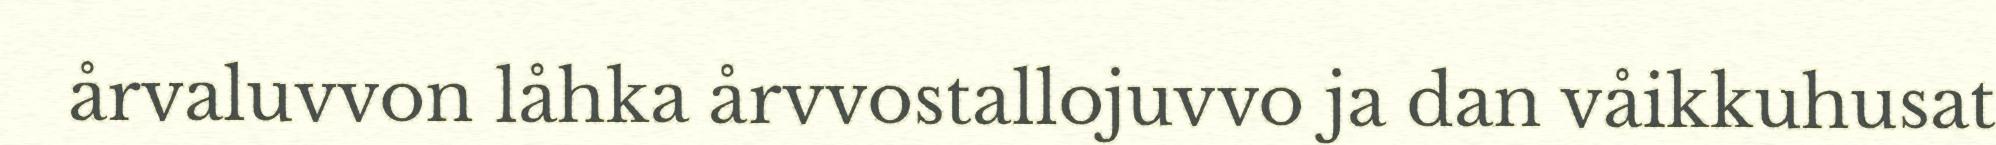
årvaluvvon låhka årvvostallojuvvo ja dan våikkuhusat